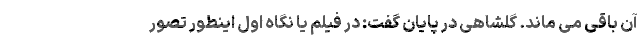
آن باقی می ماند. گلشاهی در پایان گفت: در فیلم یا نگاه اول اینطور تصور